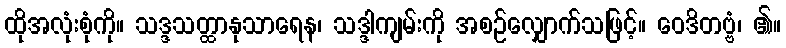
ထိုအလုံးစုံကို။ သဒ္ဒသတ္ထာနုသာရေန၊ သဒ္ဒါကျမ်းကို အစဉ်လျှောက်သဖြင့်။ ဝေဒိတဗ္ဗံ၊ ၏။